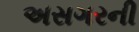
અસગરની